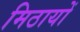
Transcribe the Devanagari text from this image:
मिठायों